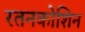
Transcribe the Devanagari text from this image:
रतनकोशिन